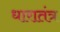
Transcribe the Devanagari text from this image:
धारातंत्र